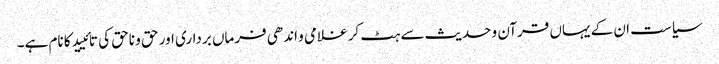
سیاست ان کے یہاں قرآن و حدیث سے ہٹ کر غلامی و اندھی فرماں برداری اور حق و ناحق کی تائیید کا نام ہے۔